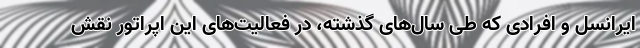
ایرانسل و افرادی که طی سال‌های گذشته، در فعالیت‌های این اپراتور نقش